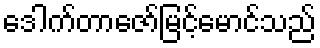
ဒေါက်တာဇော်မြင့်မောင်သည်